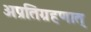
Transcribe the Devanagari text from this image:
अप्रतिग्रहणात्